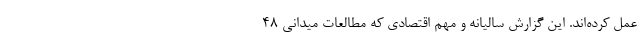
عمل کرده‌اند. این گزارش سالیانه و مهم اقتصادی که مطالعات میدانی 48